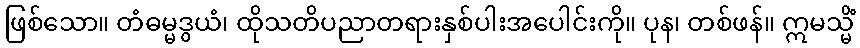
ဖြစ်သော။ တံဓမ္မဒွယံ၊ ထိုသတိပညာတရားနှစ်ပါးအပေါင်းကို။ ပုန၊ တစ်ဖန်။ ဣမသ္မိံ